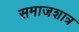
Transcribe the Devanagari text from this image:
समाजशात्र